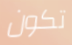
تكون